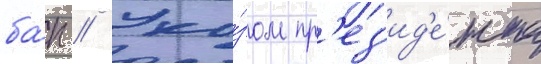
ба́п // Ука́зом пр'ез'ид'е́нта